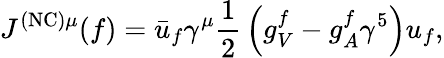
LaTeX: J^{\mathrm{(NC)}\mu}(f)={\bar{u}}_{f}\gamma^{\mu}{\frac{1}{2}}\left(g_{V}^{f}-g_{A}^{f}\gamma^{5}\right)u_{f},